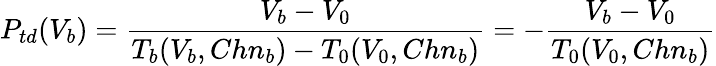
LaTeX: P_{td}(V_{b})=\frac{V_{b}-V_{0}}{T_{b}(V_{b},Chn_{b})-T_{0}(V_{0},Chn_{b})}=-\frac{V_{b}-V_{0}}{T_{0}(V_{0},Chn_{b})}